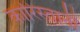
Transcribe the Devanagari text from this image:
कारिस्तानी